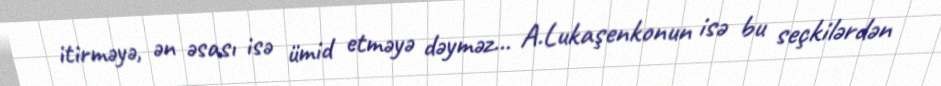
itirməyə, ən əsası isə ümid etməyə dəyməz... A.Lukaşenkonun isə bu seçkilərdən